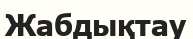
Жабдықтау